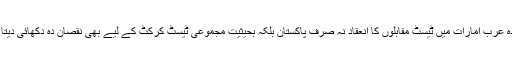
متحدہ عرب امارات میں ٹیسٹ مقابلوں کا انعقاد نہ صرف پاکستان بلکہ بحیثیت مجموعی ٹیسٹ کرکٹ کے لیے بھی نقصان دہ دکھائی دیتا ہے۔